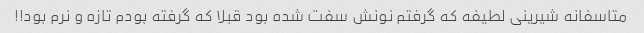
متاسفانه شیرینی لطیفه که گرفتم نونش سفت شده بود قبلا که گرفته بودم تازه و نرم بود!!